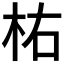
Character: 𣐞